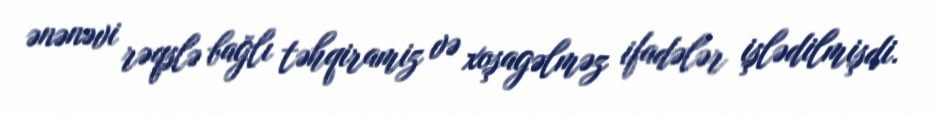
ənənəvi rəqslə bağlı təhqiramiz və xoşagəlməz ifadələr işlədilmişdi.